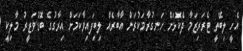
އެހީ ލިބޭތީ ޓެރަރިޒަމާ ދެކޮޅަށް ހަނގުރާމަކުރަން އާބާރެއް ލިބިފައިވާކަމަށް އިރާގުގެ ބޮޑުވަޒީރު މާލިކީ